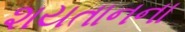
શયતાનના